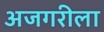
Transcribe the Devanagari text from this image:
अजगरीला